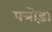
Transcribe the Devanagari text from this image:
पत्रोड़ा